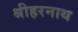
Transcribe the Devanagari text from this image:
श्रीहरनाथ